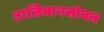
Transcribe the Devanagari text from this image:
तालिबानसोबत